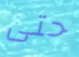
حتى